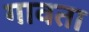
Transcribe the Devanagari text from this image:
गावता